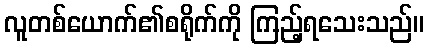
လူတစ်ယောက်၏စရိုက်ကို ကြည့်ရသေးသည်။